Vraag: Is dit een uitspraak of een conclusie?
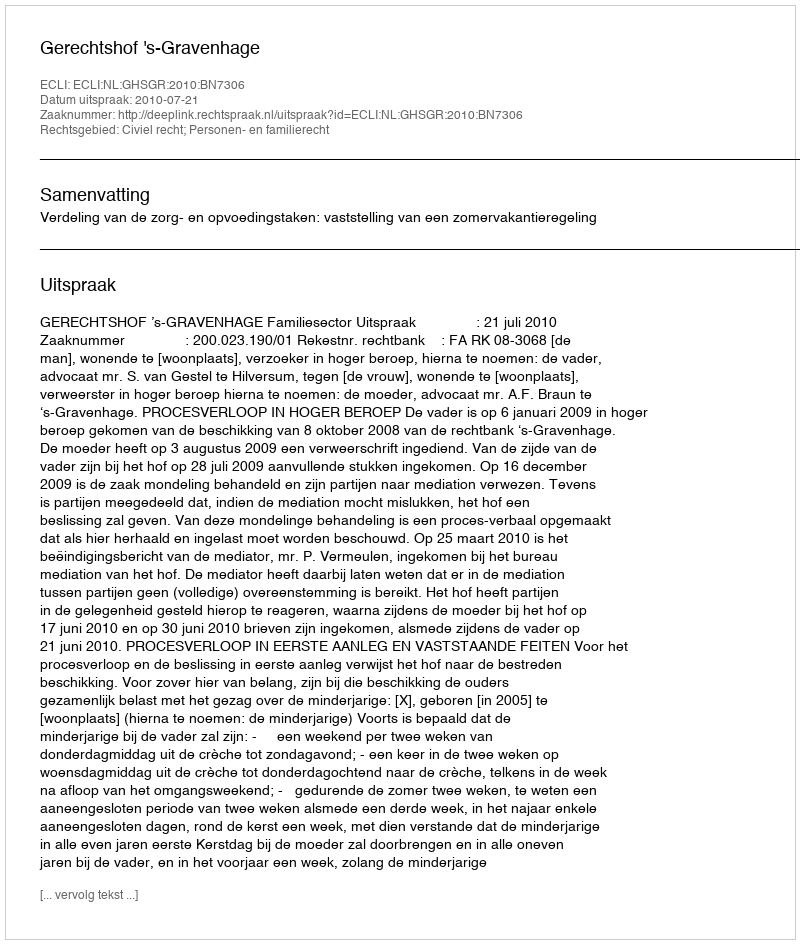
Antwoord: Uitspraak